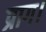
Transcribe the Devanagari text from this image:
प्राग।